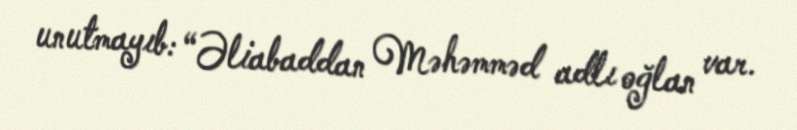
unutmayıb: “Əliabaddan Məhəmməd adlı oğlan var.